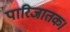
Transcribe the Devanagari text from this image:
पारिजातक।